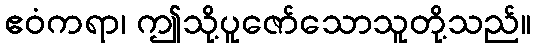
ဧဝံကရာ၊ ဤသို့ပူဇော်သောသူတို့သည်။